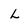
Character: L